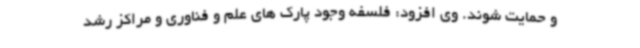
و حمایت شوند. وی افزود: فلسفه وجود پارک های علم و فناوری و مراکز رشد